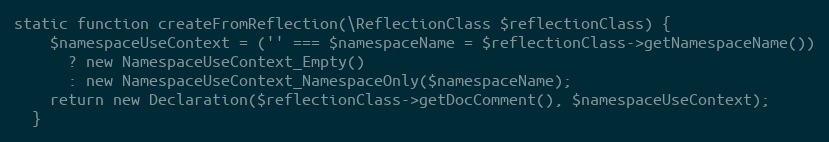
Language: PHP
static function createFromReflection(\ReflectionClass $reflectionClass) {
    $namespaceUseContext = ('' === $namespaceName = $reflectionClass->getNamespaceName())
      ? new NamespaceUseContext_Empty()
      : new NamespaceUseContext_NamespaceOnly($namespaceName);
    return new Declaration($reflectionClass->getDocComment(), $namespaceUseContext);
  }